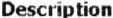
DESCRIPTION